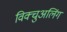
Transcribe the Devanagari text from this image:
विक्चुअलिंग